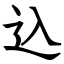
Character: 込